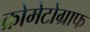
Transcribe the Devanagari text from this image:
क्रोमेटोग्राफ